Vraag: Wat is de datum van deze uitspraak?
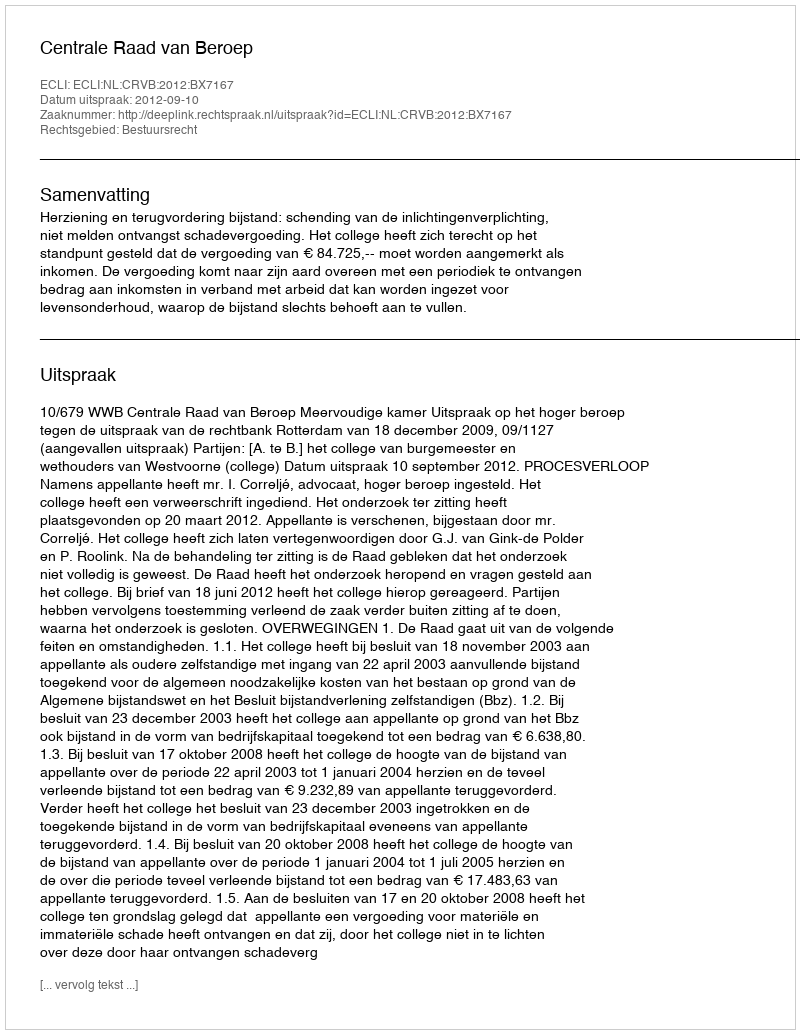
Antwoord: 2012-09-10